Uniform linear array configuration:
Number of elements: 4
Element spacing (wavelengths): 0.5
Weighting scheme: hann
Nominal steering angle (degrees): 15
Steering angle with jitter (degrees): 13.743
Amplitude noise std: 0.05
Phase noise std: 0.05

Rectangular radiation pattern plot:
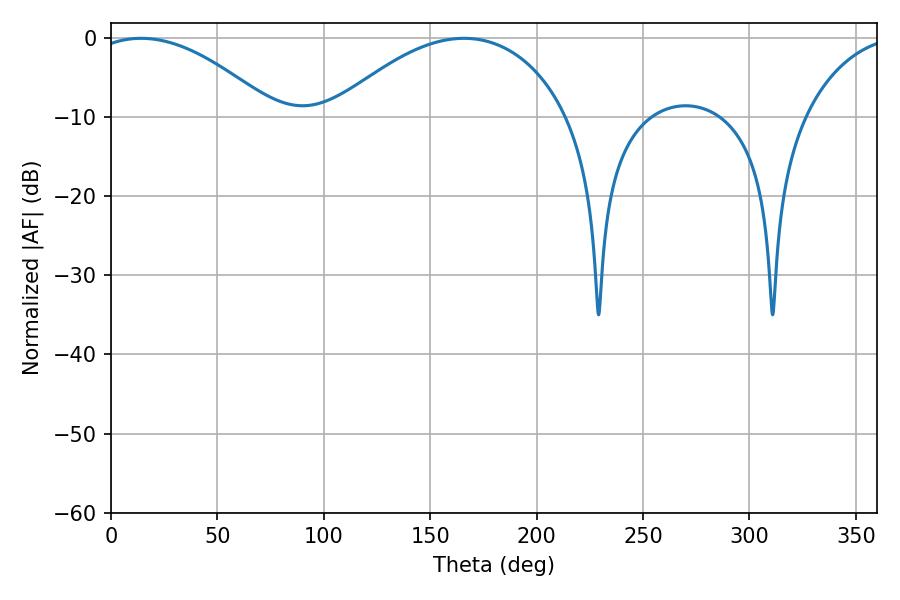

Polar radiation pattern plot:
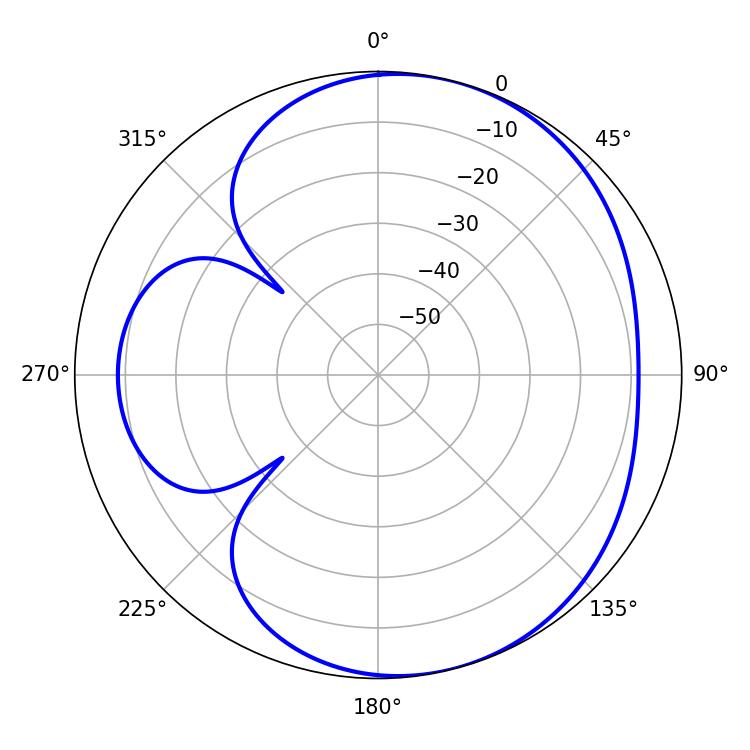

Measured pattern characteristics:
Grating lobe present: FALSE
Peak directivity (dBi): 5.085
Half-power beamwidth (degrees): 48.06
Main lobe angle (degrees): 14.04